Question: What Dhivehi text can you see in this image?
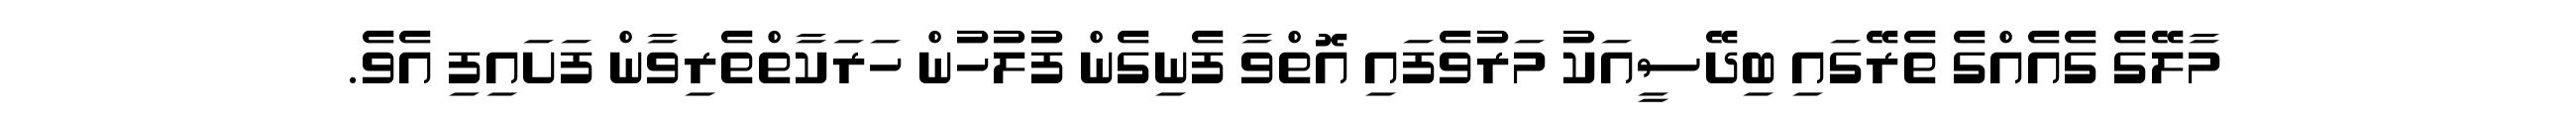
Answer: މާލޭގެ ގެއެއްގެ ތެރޭގައި ބިދޭސީއަކު މަރުވެފައި އޮތްވާ ފެނިގެން ފުލުހުން ހަރަކާތްތެރިވާން ފަށައިފި އެވެ.